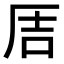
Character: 𪠅